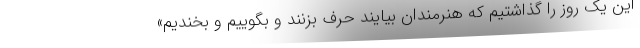
این یک روز را گذاشتیم که هنرمندان بیایند حرف بزنند و بگوییم و بخندیم»